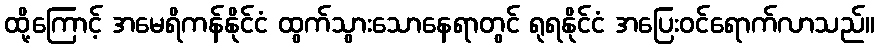
ထို့ကြောင့် အမေရိကန်နိုင်ငံ ထွက်သွားသောနေရာတွင် ရုရနိုင်ငံ အပြေးဝင်ရောက်လာသည်။